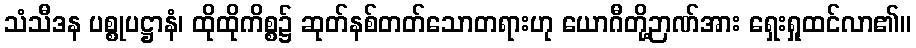
သံသီဒန ပစ္စုပဋ္ဌာနံ၊ ထိုထိုကိစ္စ၌ ဆုတ်နစ်တတ်သောတရားဟု ယောဂီတို့ဉာဏ်အား ရှေးရှုထင်လာ၏။